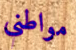
مواطني